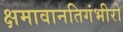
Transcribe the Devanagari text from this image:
क्षमावानतिगंभीरो